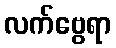
လက်ဗွေရာ